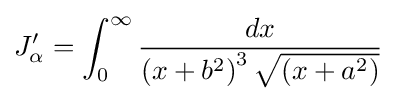
J_{\alpha }^{\prime }=\int _{0}^{\infty }{\frac {dx}{\left(x+b^{2}\right)^{3}{\sqrt {\left(x+a^{2}\right)}}}}